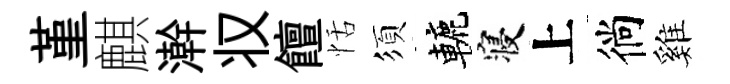
堇麒澣𠬧饘恬須轆寝上徜雞